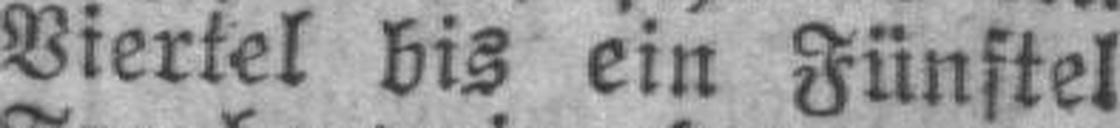
Viertel bis ein Fünftel